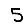
Digit: 5